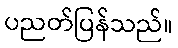
ပညတ်ပြန်သည်။